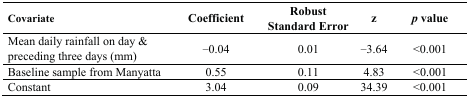
<table><thead><tr><td><b>Covariate</b></td><td><b>Coefficient</b></td><td><b>Robust Standard Error</b></td><td><b>z</b></td><td><b><i>p</i> value</b></td></tr></thead><tbody><tr><td>Mean daily rainfall on day &amp; preceding three days (mm)</td><td>−0.04</td><td>0.01</td><td>−3.64</td><td>&lt;0.001</td></tr><tr><td>Baseline sample from Manyatta</td><td>0.55</td><td>0.11</td><td>4.83</td><td>&lt;0.001</td></tr><tr><td>Constant</td><td>3.04</td><td>0.09</td><td>34.39</td><td>&lt;0.001</td></tr></tbody></table>